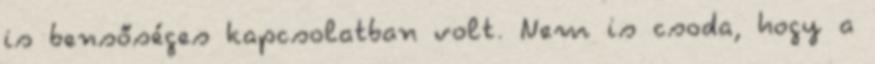
is bensőséges kapcsolatban volt. Nem is csoda, hogy a